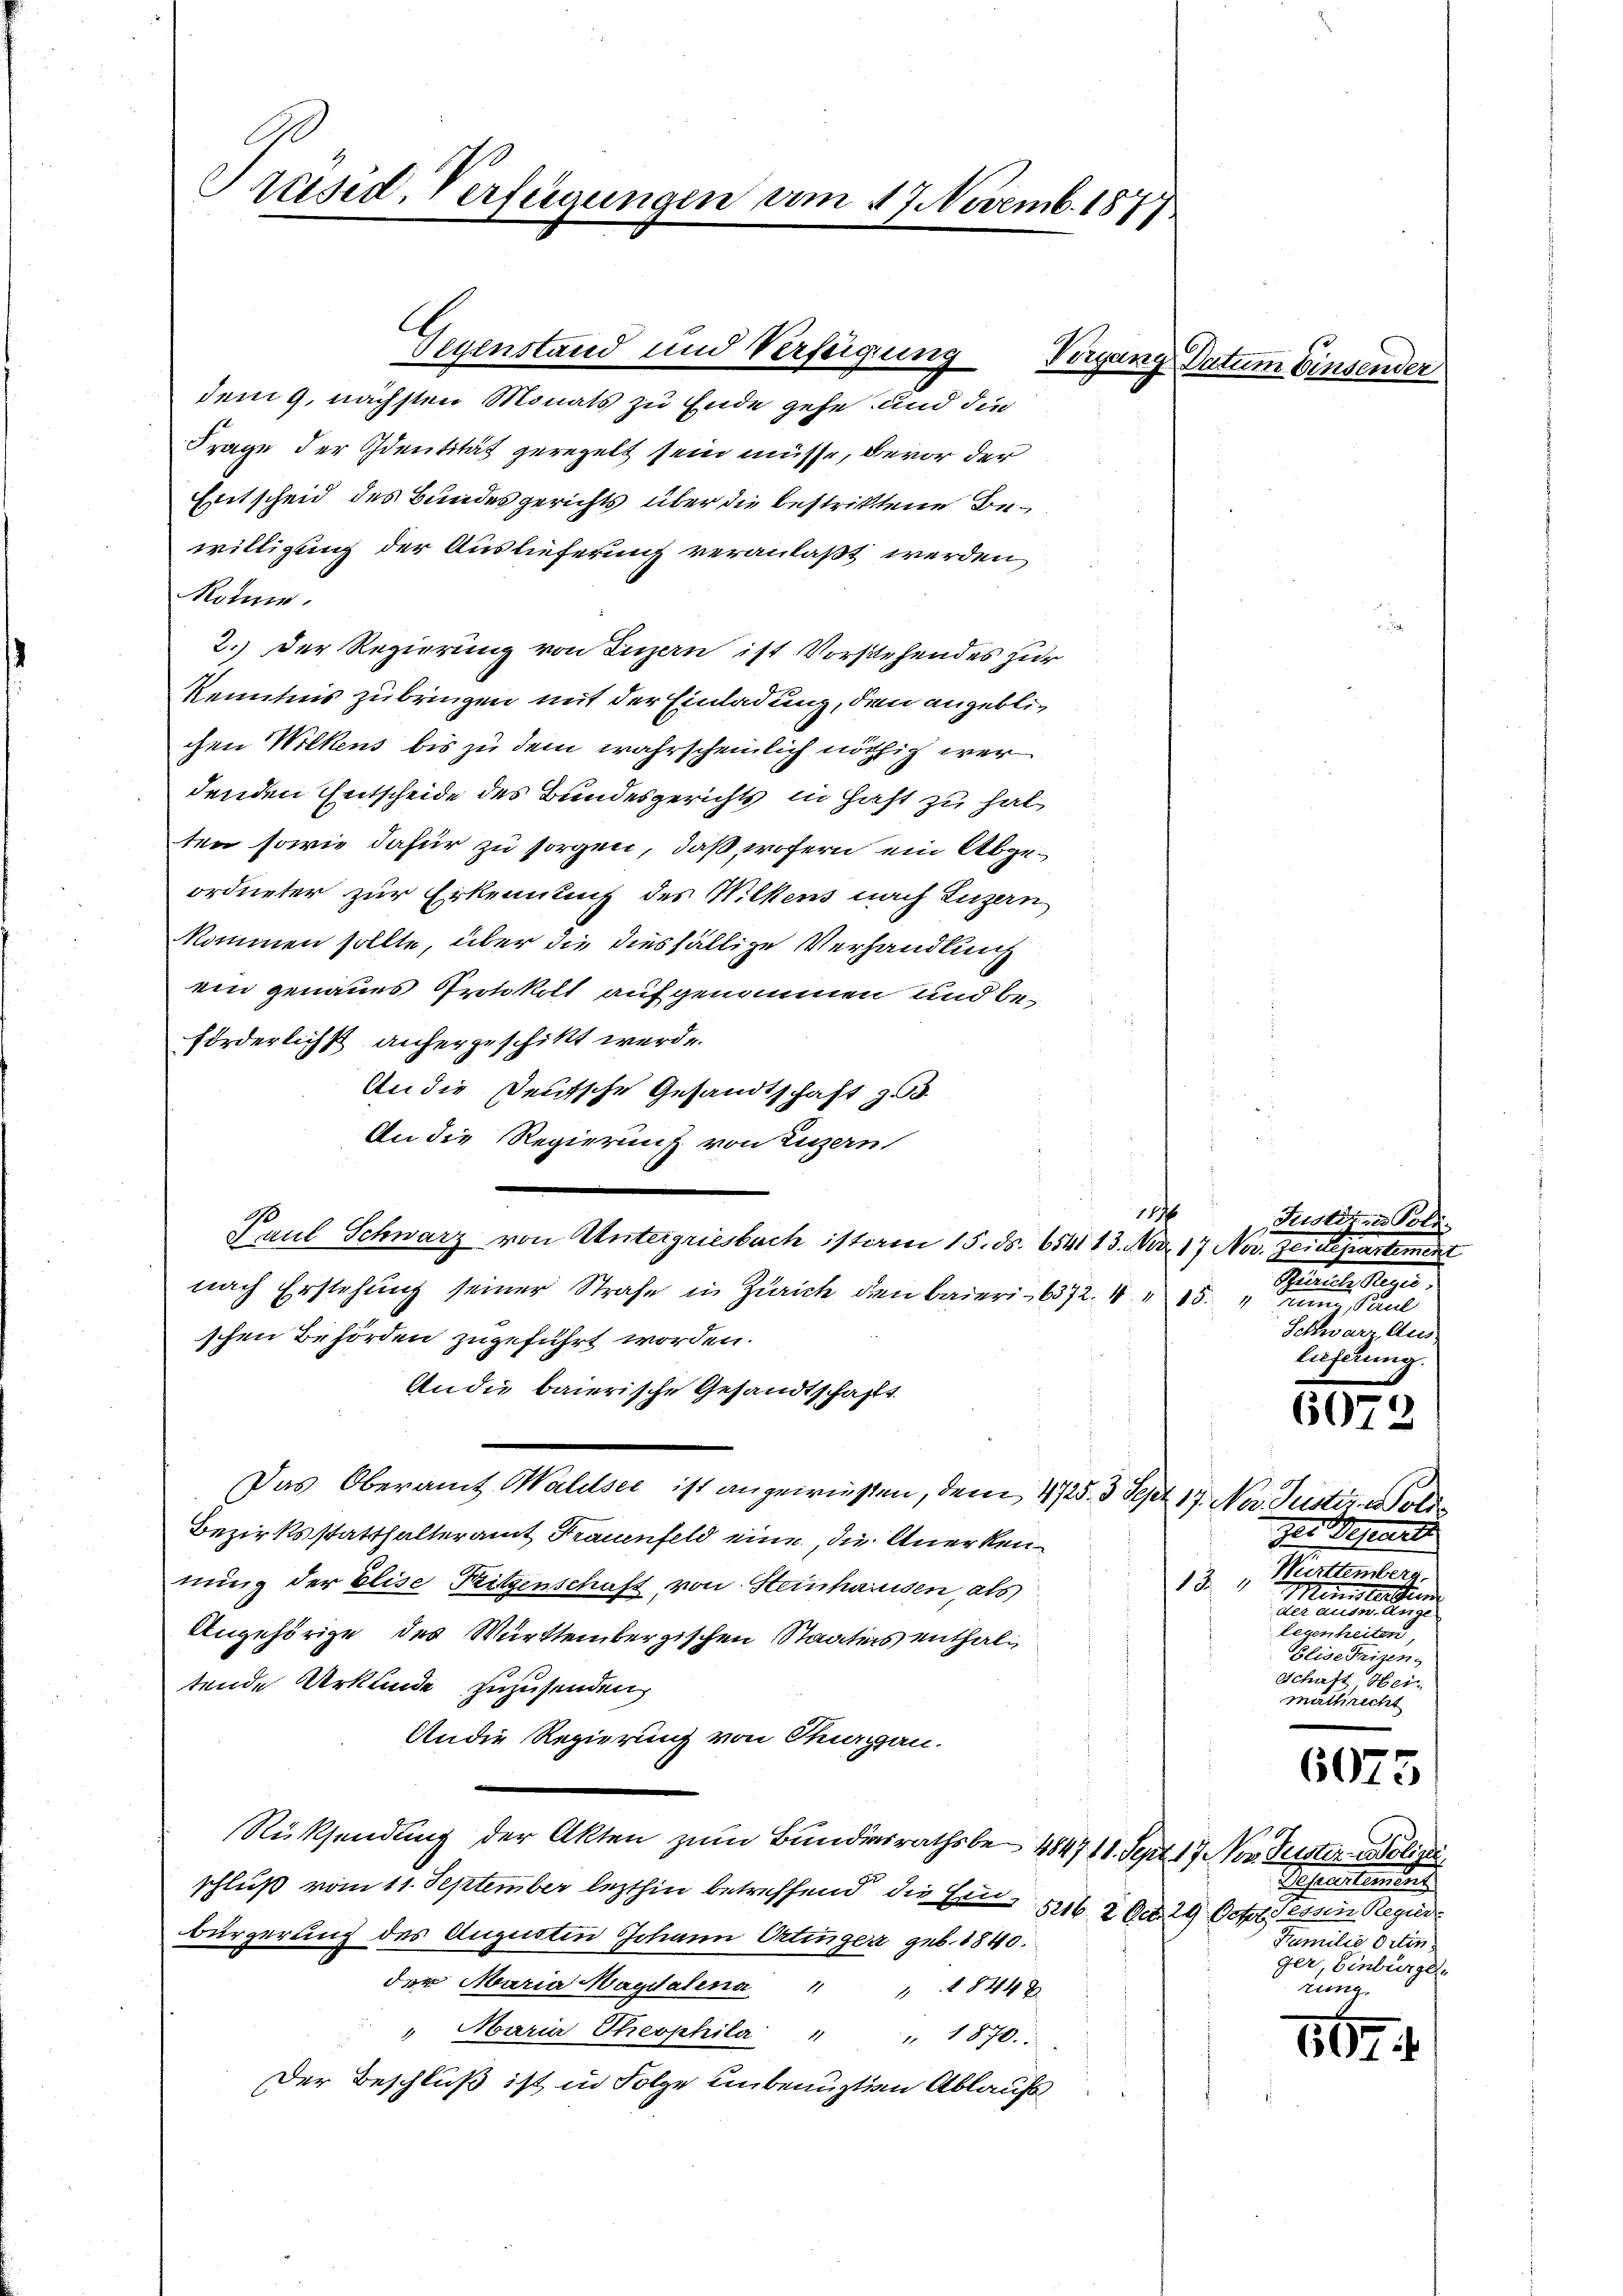
Prused-Verfügungen vom 17. Novemb. 1877

Gegenstand und Verfügung

dem 9. nächsten Monats zu Ende gehe und die
Frage der Identität geregelt sein müsse, bevor der
Entscheid des Bundesgerichts über die bestrittene Bewilligung der Auslieferung veranlaßt werden,
Nonne.
2.) Der Regierung von Luzern ist Vorstehendes zur
Kenntnis zu bringen mit der Einladung, den angeblichen Wilkens bis zu dem wahrscheinlich nöthig wer
denden Entscheide des Bundesgerichts in Hast zu hal
ten sowie dafür zu sorgen, daß, wofern ein Abgeordneter zur Erkenntnis des Wilkens nach Luzern
kommen sollte, über die diesfällige Verhandlung
ein genaues Protokoll aufgenommen und beförderlichst anhergeschikt werde.
An die Deutsche Gesandtschaft z.
An die Regierung von Luzern
187
e
Saul Schwarz von Untergriesbach ist am 15. ds. 6541 13. Mar. 17 Nov. Zeidepartement
nach Erstehung seiner Strafe in Zürich den Baieri 6372. 1115.
schen Behörden zugeführt worden.
An die baierische Gesandtschafft.
Das Oberamt Walser ist angewissen, dem 4725. 3 Sept 17. Nov. Justiz & Poli¬
Bezirksstatthalteramt Frauenfeld eine, die Anerkennung der Elise Pritzenschaft von Steinhausen, als
Angehörige des Württembergischen Staates enthaltende Urkunde zuzusenden,
Andie Regierung von Thurgau.
Rücksendung der Akten zum Bundesrathsbe- 484711. Sept 17 Nov. Suster Polize
schluß vom 11. September lezthin betreffend die Ein- 516. 2 Oct. 29 Octor dessen Regier
bürgerung des Augustin Johann Ortinger geb. 1840.
der Maria Magdalena " " 844 x
" Maria Theophila " " 1870.
Der Beschluß ist in Folge unbenuztigen Ablaufs

Vergang Datum Einsen

Justiz- & Poli
Gittel
Schwarz Aus
lieferung.

607.

der Departe
Württemberg.
181
Ministerben
der einen einen einen
Legenheiten,
Fleise eigen
Schaft Hei-
mathrecht

6075

Sahententen
Familie Ortin
ger, Einburget

569 f